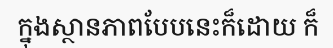
ក្នុងស្ថានភាពបែបនេះក៏ដោយ ក៏